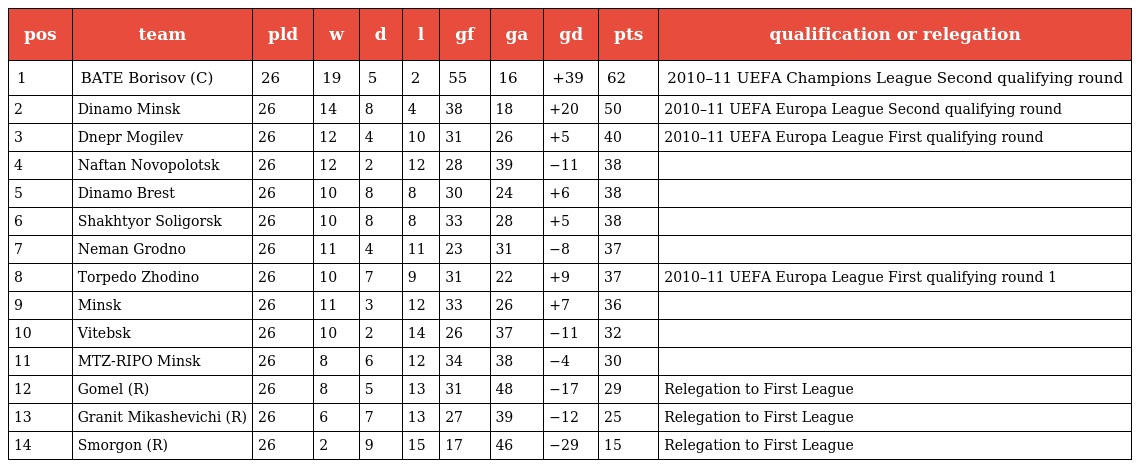
| pos | team | pld | w | d | l | gf | ga | gd | pts | qualification or relegation |
 | --- | --- | --- | --- | --- | --- | --- | --- | --- | --- | --- |
 | 1 | BATE Borisov (C) | 26 | 19 | 5 | 2 | 55 | 16 | +39 | 62 | 2010–11 UEFA Champions League Second qualifying round |
 | 2 | Dinamo Minsk | 26 | 14 | 8 | 4 | 38 | 18 | +20 | 50 | 2010–11 UEFA Europa League Second qualifying round |
 | 3 | Dnepr Mogilev | 26 | 12 | 4 | 10 | 31 | 26 | +5 | 40 | 2010–11 UEFA Europa League First qualifying round |
 | 4 | Naftan Novopolotsk | 26 | 12 | 2 | 12 | 28 | 39 | −11 | 38 |  |
 | 5 | Dinamo Brest | 26 | 10 | 8 | 8 | 30 | 24 | +6 | 38 |  |
 | 6 | Shakhtyor Soligorsk | 26 | 10 | 8 | 8 | 33 | 28 | +5 | 38 |  |
 | 7 | Neman Grodno | 26 | 11 | 4 | 11 | 23 | 31 | −8 | 37 |  |
 | 8 | Torpedo Zhodino | 26 | 10 | 7 | 9 | 31 | 22 | +9 | 37 | 2010–11 UEFA Europa League First qualifying round 1 |
 | 9 | Minsk | 26 | 11 | 3 | 12 | 33 | 26 | +7 | 36 |  |
 | 10 | Vitebsk | 26 | 10 | 2 | 14 | 26 | 37 | −11 | 32 |  |
 | 11 | MTZ-RIPO Minsk | 26 | 8 | 6 | 12 | 34 | 38 | −4 | 30 |  |
 | 12 | Gomel (R) | 26 | 8 | 5 | 13 | 31 | 48 | −17 | 29 | Relegation to First League |
 | 13 | Granit Mikashevichi (R) | 26 | 6 | 7 | 13 | 27 | 39 | −12 | 25 | Relegation to First League |
 | 14 | Smorgon (R) | 26 | 2 | 9 | 15 | 17 | 46 | −29 | 15 | Relegation to First League |